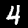
Digit: 4